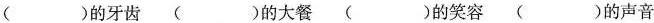
( )的牙齿 ( )的大餐 ( )的笑容 ( )的声音